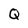
Character: Q